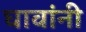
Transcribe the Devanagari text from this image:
घावांनी